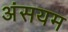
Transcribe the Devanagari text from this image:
अंसयम